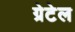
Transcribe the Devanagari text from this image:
ग्रेटेल